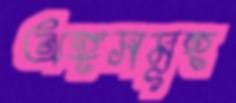
অঙ্গসমূহ